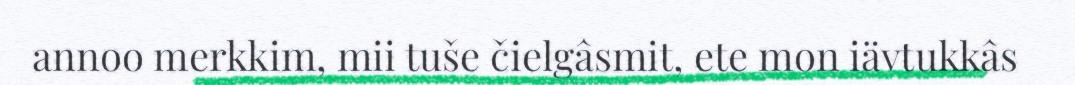
annoo merkkim, mii tuše čielgâsmit, ete mon iävtukkâs